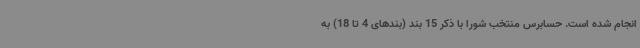
انجام شده است. حسابرس منتخب شورا با ذکر 15 بند (بندهای 4 تا 18) به